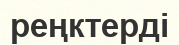
реңктерді